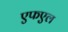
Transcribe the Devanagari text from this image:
एफएल